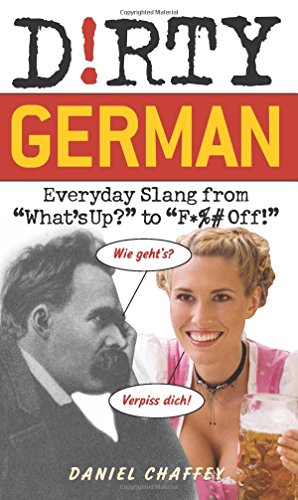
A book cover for Dirty German: Everyday Slang from "What's Up?" to "F*%# Off!" (Dirty Everyday Slang); Daniel Chaffey; Reference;